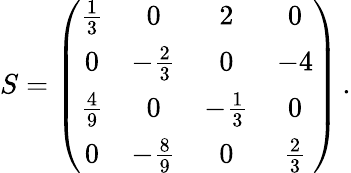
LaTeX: S=\left(\begin{array}{cccc}{{\frac{1}{3}}}&{{0}}&{{2}}&{{0}}\\ {{0}}&{{-\frac{2}{3}}}&{{0}}&{{-4}}\\ {{\frac{4}{9}}}&{{0}}&{{-\frac{1}{3}}}&{{0}}\\ {{0}}&{{-\frac{8}{9}}}&{{0}}&{{\frac{2}{3}}}\end{array}\right)\, .